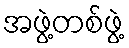
အဖွဲ့တစ်ဖွဲ့